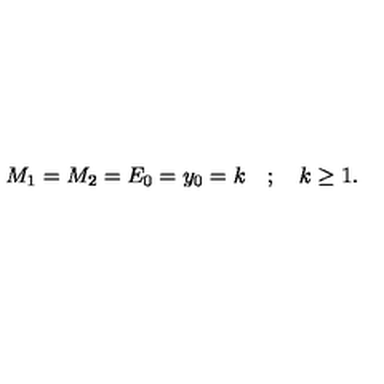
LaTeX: M _ { 1 } = M _ { 2 } = E _ { 0 } = y _ { 0 } = k \quad ; \quad k \ge 1 .